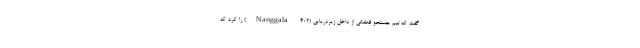
گفت که تیم جستجو قطعاتی از داخل زیردریایی (Nanggala ۴۰۲) را کرد که